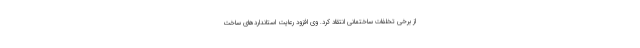
از برخی تخلفات ساختمانی انتقاد کرد.‌ وی افزود رعایت استانداردهای ساخت